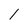
Character: 1